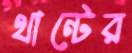
থান্টের